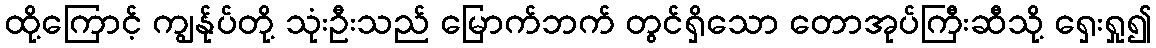
ထို့ကြောင့် ကျွန်ုပ်တို့ သုံးဦးသည် မြောက်ဘက် တွင်ရှိသော တောအုပ်ကြီးဆီသို့ ရှေးရှု၍